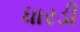
ધારડી